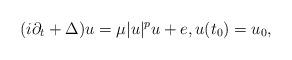
LaTeX: \begin{align*}(i\partial_t+\Delta) u = \mu |u|^p u + e, u(t_0)=u_0,\end{align*}